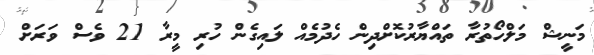
މަނީޝް މަލްހޯތުރާ ތައްޔާރުކޮށްދިން ހެދުމެއް ލައިގެން ހުރި މީރާ 21 ވެސް ވަރަށް